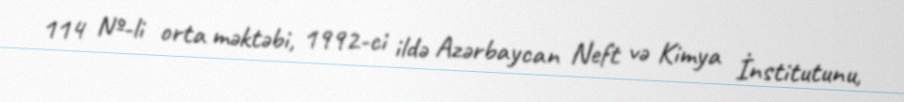
114 №-li orta məktəbi, 1992-ci ildə Azərbaycan Neft və Kimya İnstitutunu,